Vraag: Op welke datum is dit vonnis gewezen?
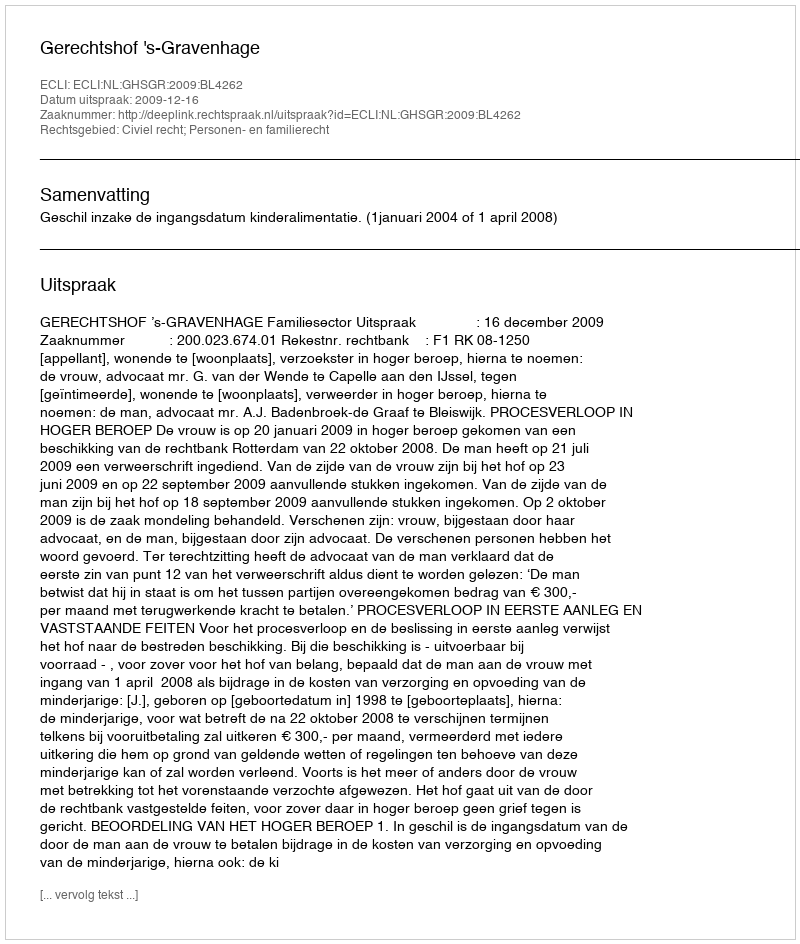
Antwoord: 2009-12-16